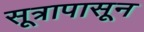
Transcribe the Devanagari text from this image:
सूत्रापासून